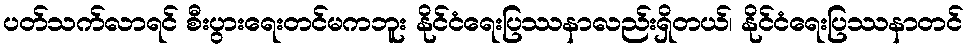
ပတ်သက်လာရင် စီးပွားရေးတင်မကဘူး နိုင်ငံရေးပြဿနာလည်းရှိတယ်၊ နိုင်ငံရေးပြဿနာတင်